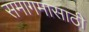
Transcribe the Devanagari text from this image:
समागमासाठी